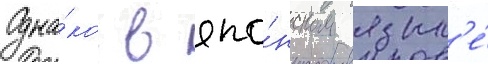
Одна́ко в япо́нском язык'е́